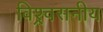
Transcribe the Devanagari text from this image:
विश्र्वसनीय